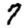
Digit: 7